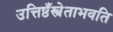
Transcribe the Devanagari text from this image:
उत्तिष्ठँस्त्रेताभवति